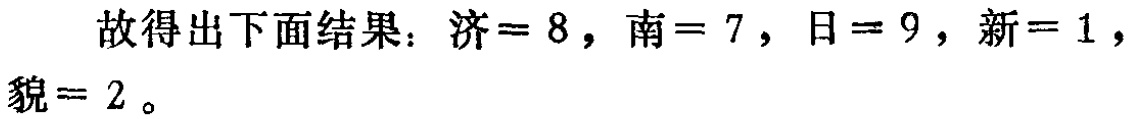
故得出下面结果：济 = 8，南 = 7，日 = 9，新 = 1，貌 = 2。